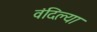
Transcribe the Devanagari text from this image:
वंदिल्या